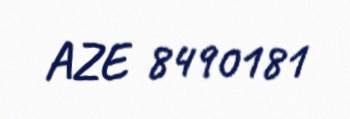
AZE 8490181